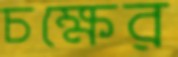
চক্ষের